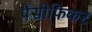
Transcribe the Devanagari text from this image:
पैसीफिकर